65_HS1-834228961_62-HQ-83894_SUB_A
Agency: FBI
Page 9
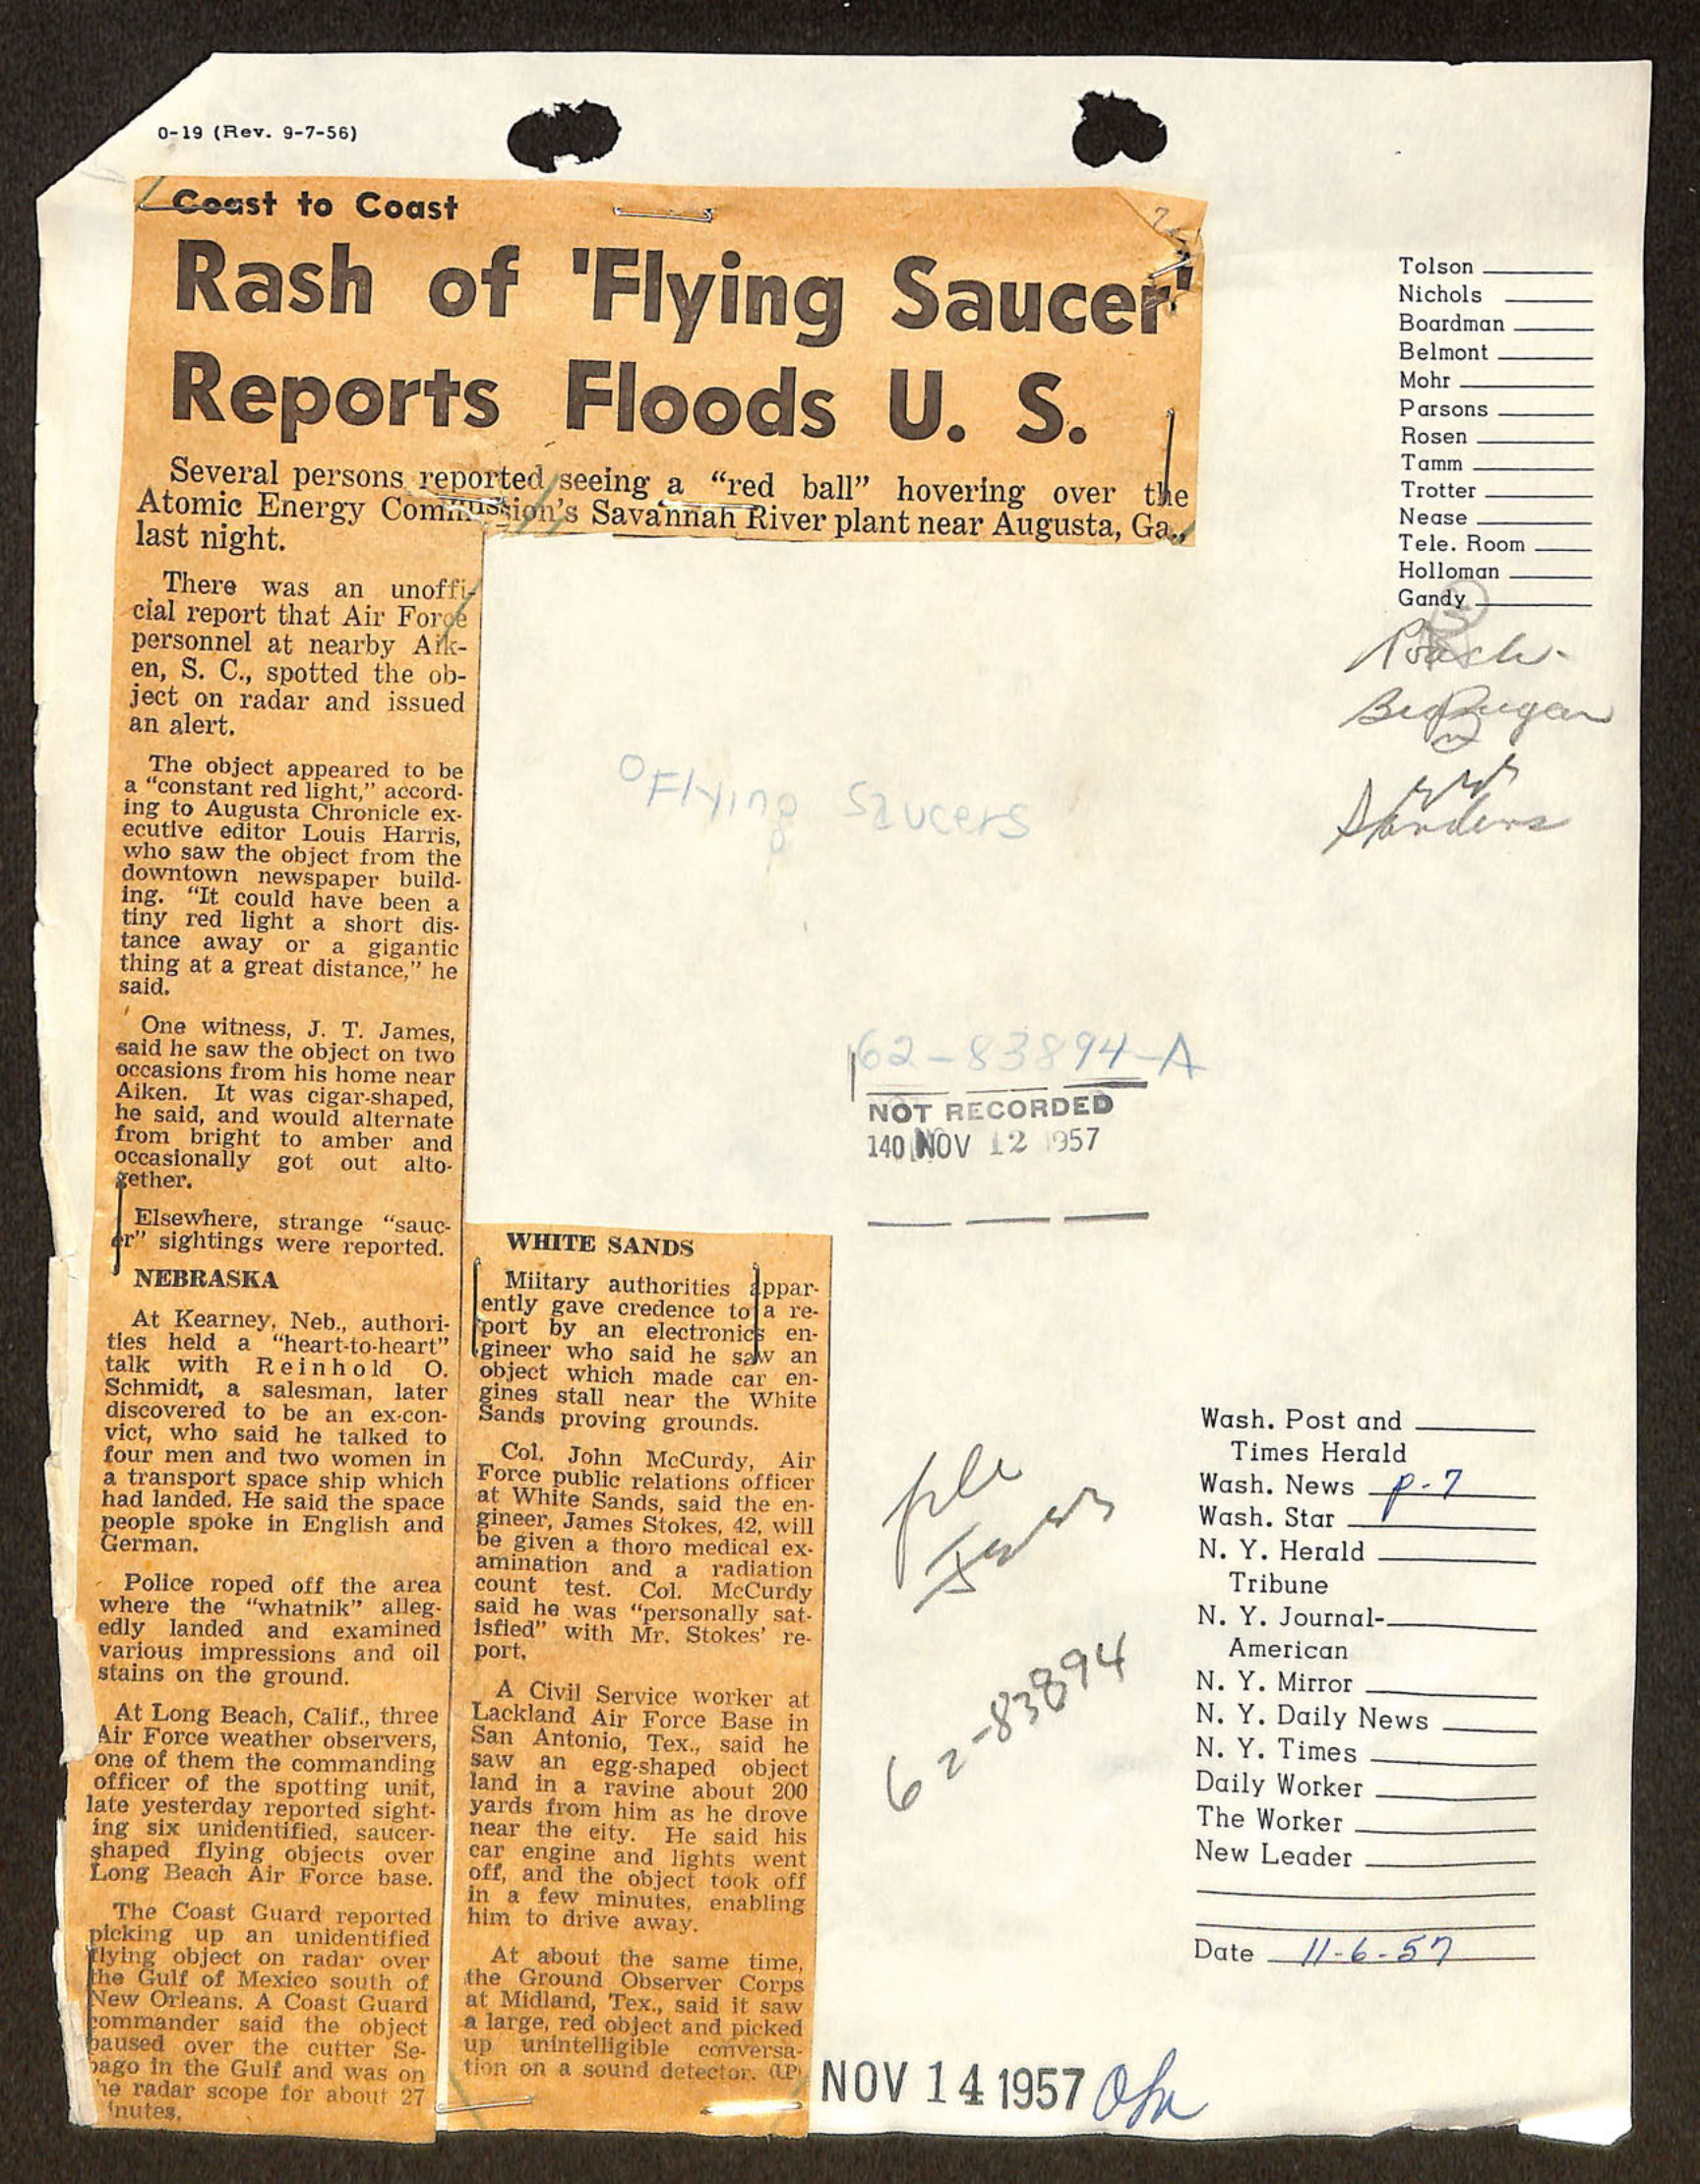